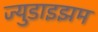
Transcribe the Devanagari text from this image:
ज्युडाइझम